Insane asylums Bombay 1873-77 - 1873-1877
Year: 1873
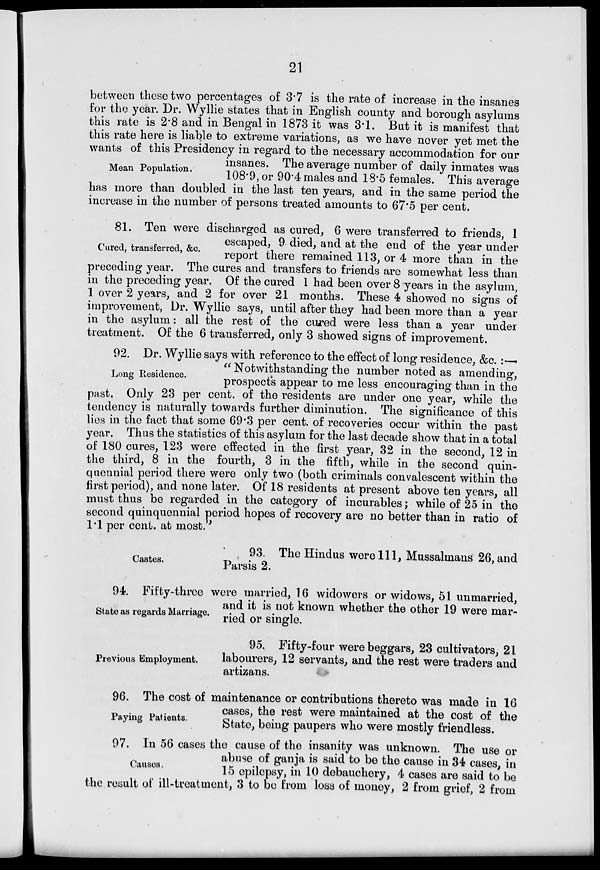
21
Mean Population.
between these two percentages of 3.7 is the rate of increase in the insanes
for the year. Dr. Wyllie states that in English county and borough asylums
this rate is 2.8 and in Bengal in 1873 it was 3.1. But it is manifest that
this rate here is liable to extreme variations, as we have never yet met the
wants of this Presidency in regard to the necessary accommodation for our
insanes. The average number of daily inmates was
108.9, or 90.4 males and 18.5 females. This average
has more than doubled in the last ten years, and in the same period the
increase in the number of persons treated amounts to 67.5 per cent.
Cured, transferred, &c.
81. Ten were discharged as cured, 6 were transferred to friends, 1
escaped, 9 died, and at the end of the year under
report there remained 113, or 4 more than in the
preceding year. The cures and transfers to friends are somewhat less than
in the preceding year. Of the cured 1 had been over 8 years in the asylum,
1 over 2 years, and 2 for over 21 months. These 4 showed no signs of
improvement, Dr. Wyllie says, until after they had been more than a year
in the asylum: all the rest of the cured were less than a year under
treatment. Of the 6 transferred, only 3 showed signs of improvement.
Long Residence.
92. Dr. Wyllie says with reference to the effect of long residence, &c. :—
" Notwithstanding the number noted as amending,
prospects appear to me less encouraging than in the
past. Only 23 per cent. of the residents are under one year, while the
tendency is naturally towards further diminution. The significance of this
lies in the fact that some 69.3 per cent. of recoveries occur within the past
year. Thus the statistics of this asylum for the last decade show that in a total
of 180 cures, 123 were effected in the first year, 32 in the second, 12 in
the third, 8 in the fourth, 3 in the fifth, while in the second quin-
quennial period there were only two (both criminals convalescent within the
first period), and none later. Of 18 residents at present above ten years, all
must thus be regarded in the category of incurables; while of 25 in the
second quinquennial period hopes of recovery are no better than in ratio of
1.1 per cent. at most."
Castes.
93. The Hindus were 111, Mussalmans 26, and
Parsis 2.
State as regards Marriage.
94. Fifty-three were married, 16 widowers or widows, 51 unmarried,
and it is not known whether the other 19 were mar-
ried or single.
Previous Employment.
95. Fifty-four were beggars, 23 cultivators, 21
labourers, 12 servants, and the rest were traders and
artizans.
Paying Patients.
96. The cost of maintenance or contributions thereto was made in 16
cases, the rest were maintained at the cost of the
State, being paupers who were mostly friendless.
Causes.
97. In 56 cases the cause of the insanity was unknown. The use or
abuse of ganja is said to be the cause in 34 cases, in
15 epilepsy, in 10 debauchery, 4 cases are said to be
the result of ill-treatment, 3 to be from loss of money, 2 from grief, 2 from